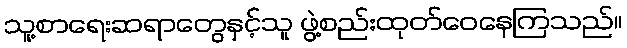
သူ့စာရေးဆရာတွေနှင့်သူ ဖွဲ့စည်းထုတ်ဝေနေကြသည်။